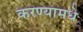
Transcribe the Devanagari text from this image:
करण्यामधे